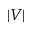
| V |